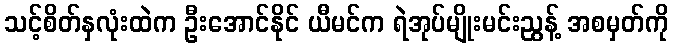
သင့်စိတ်နှလုံးထဲက ဦးအောင်နိုင် ယီမင်က ရဲအုပ်မျိုးမင်းညွန့် အစမှတ်ကို